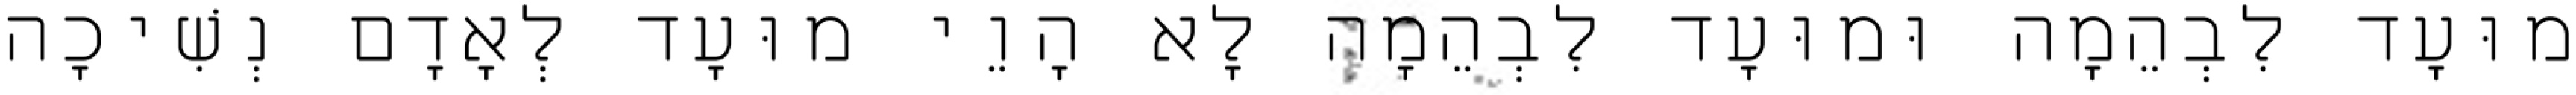
מוּעָד לִבְהֵמָה וּמוּעָד לִבְהֵמָה לָא הָוֵי מוּעָד לְאָדָם נְשִׁיכָה